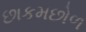
છાકમછોળ